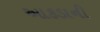
આકડાની